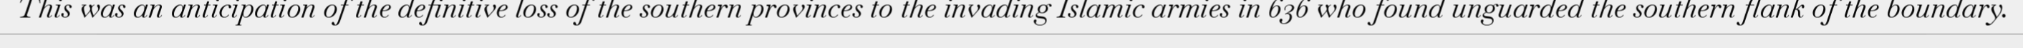
This was an anticipation of the definitive loss of the southern provinces to the invading Islamic armies in 636 who found unguarded the southern flank of the boundary.